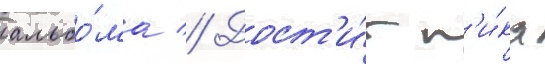
альбо́ма // Дост'и́г п'и́ка